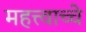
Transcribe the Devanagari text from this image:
महत्त्वाच्चे